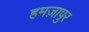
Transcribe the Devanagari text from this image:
हमज़ापुर